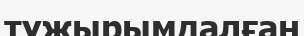
тұжырымдалған